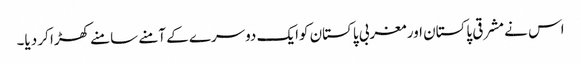
اس نے مشرقی پاکستان اور مغربی پاکستان کوایک دوسرے کے آمنے سامنے کھڑا کر دیا۔